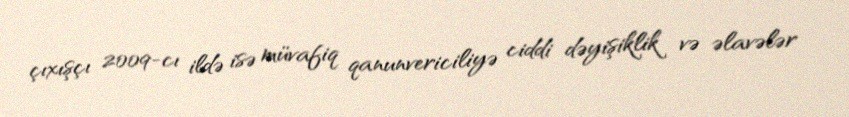
çıxışçı 2009-cı ildə isə müvafiq qanunvericiliyə ciddi dəyişiklik və əlavələr